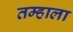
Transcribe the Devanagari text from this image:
तम्हाला